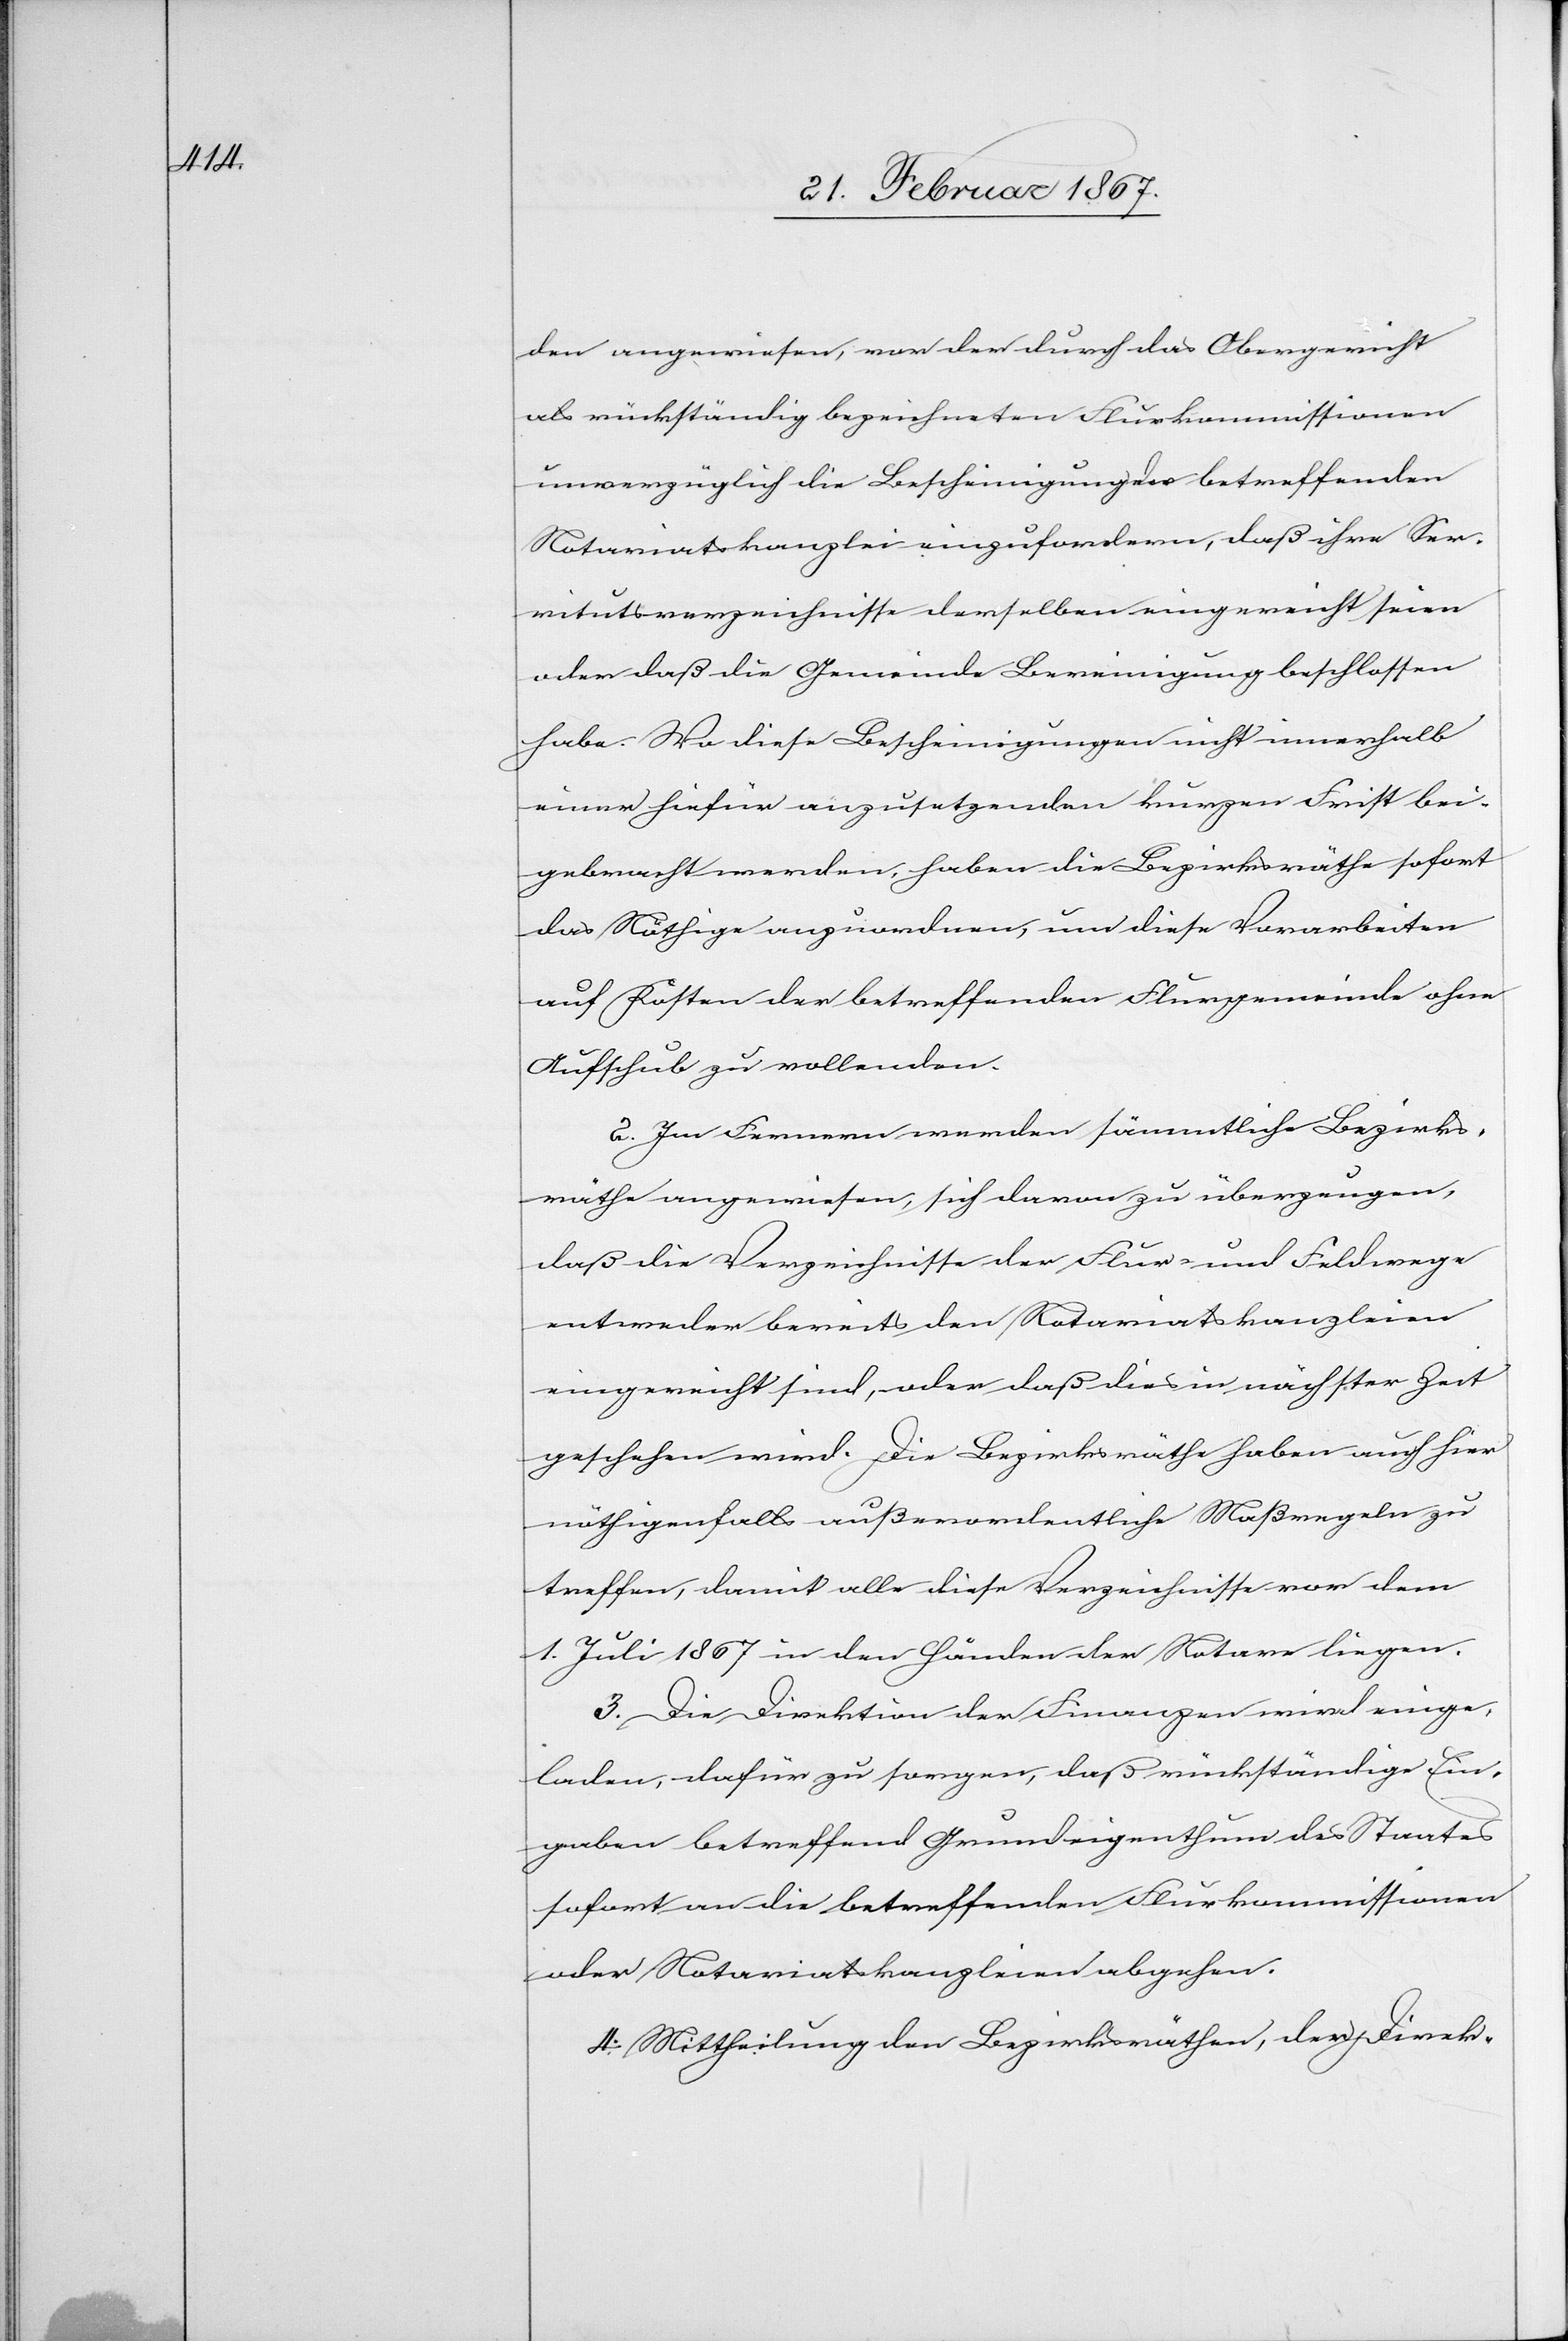
den angewiesen, von den durch das Obergericht
als rückständig bezeichneten Flurkommissionen
unverzüglich die Bescheinigung der betreffenden
Notariatskanzlei einzufordern, daß ihre Ser¬
vitutsverzeichnisse derselben eingereicht seien
oder daß die Gemeinde Bereinigung beschlossen
habe. Wo diese Bescheinigungen nicht innerhalb
einer hiefür anzusetzenden kurzen Frist bei¬
gebracht werden, haben die Bezirksräthe sofort
das Nöthige anzuordnen, um diese Vorarbeiten
auf Kosten der betreffenden Flurgemeinde ohne
Aufschub zu vollenden.
2. Im Fernern werden sämmtliche Bezirks¬
räthe angewiesen, sich davon zu überzeugen,
daß die Verzeichnisse der Flur- und Feldwege
entweder bereits den Notariatskanzleien
eingereicht sind, oder daß dies in nächster Zeit
geschehen wird. Die Bezirksräthe haben auch hier
nöthigenfalls außerordentliche Maßregeln zu
treffen, damit alle diese Verzeichnisse vor dem
1. Juli 1867 in den Händen der Notare liegen.
3. Die Direktion der Finanzen wird einge¬
laden, dafür zu sorgen, daß rückständige Ein¬
gaben betreffend Grundeigenthum des Staates
sofort an die betreffenden Flurkommissionen
oder Notariatskanzleien abgehen.
4. Mittheilung den Bezirksräthen, den Direk-